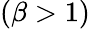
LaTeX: (\beta>1)